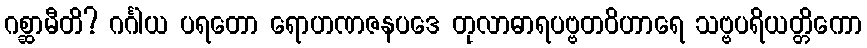
ဂစ္ဆာမီတိ? ဂင်္ဂါယ ပရတော ရောဟဏဇနပဒေ တုလာဓာရပဗ္ဗတဝိဟာရေ သဗ္ဗပရိယတ္တိကော